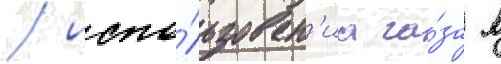
/ испо́льзован'иа га́за в